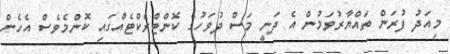
މިއަދު ފުރަން ތައްޔާރުވަމުން އެ ދަނީ މަސް ދުވަހުގެ ކޮންޓްރެކްޓެއްގައި ކޮންމެވެސް އެހެން